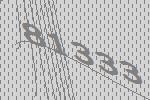
81333